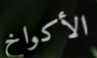
الأكواخ